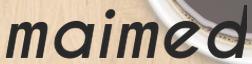
maimed